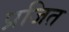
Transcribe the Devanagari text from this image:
प्रजित